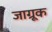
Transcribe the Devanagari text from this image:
जाग्रूक